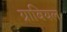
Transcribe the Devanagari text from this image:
ग्राबियल